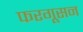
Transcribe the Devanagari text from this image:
फरगूसन